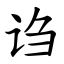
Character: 诌